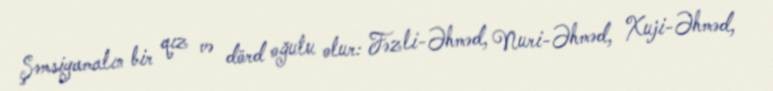
Şəmsiyamalın bir qız və dörd oğulu olur: Fəzli-Əhməd, Nuri-Əhməd, Xuji-Əhməd,